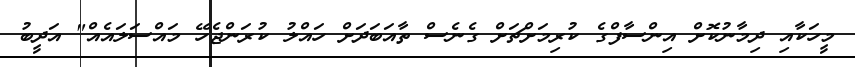
މީހަކާއި ދިމާނުކޮށް އިންސާފްގެ ކުރިމަށްޗަށް ގެނެސް ތާއަބަދަށް ހައްލު ކުރަންޖެހޭ މައްސަލައެއް" އަދީބު